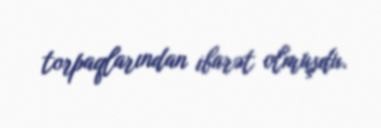
torpaqlarından ibarət olmuşdu.